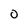
Character: 0